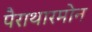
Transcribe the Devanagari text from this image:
पैराथारमोन